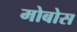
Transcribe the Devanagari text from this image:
मोबोस